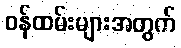
ဝန်ထမ်းများအတွက်